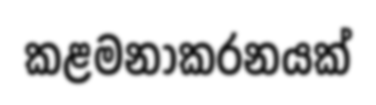
කළමනාකරනයක්